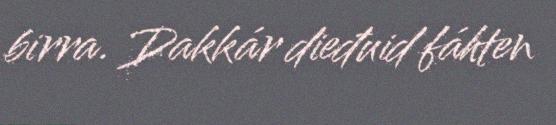
birra. Dakkár dieđuid fáhten